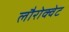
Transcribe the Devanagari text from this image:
लौरोक्वेट